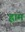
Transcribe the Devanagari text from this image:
ह्राम